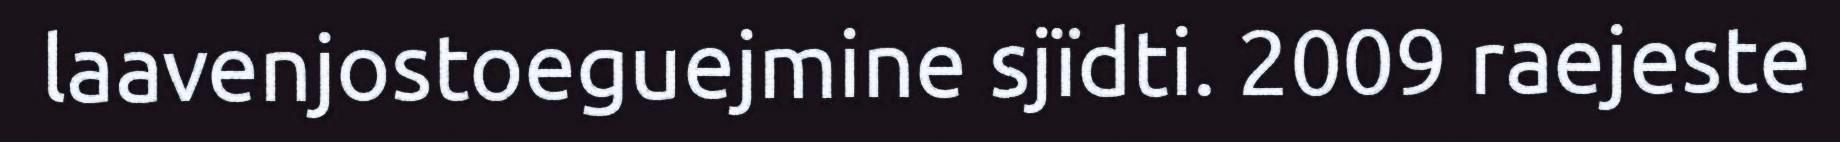
laavenjostoeguejmine sjïdti. 2009 raejeste